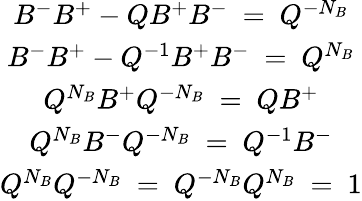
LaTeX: \begin{array}{c}{{B^{-}B^{+}-QB^{+}B^{-}~=~Q^{-N_{B}}}}\\ {{B^{-}B^{+}-Q^{-1}B^{+}B^{-}~=~Q^{N_{B}}}}\\ {{Q^{N_{B}}B^{+}Q^{-N_{B}}~=~QB^{+}}}\\ {{Q^{N_{B}}B^{-}Q^{-N_{B}}~=~Q^{-1}B^{-}}}\\ {{Q^{N_{B}}Q^{-N_{B}}~=~Q^{-N_{B}}Q^{N_{B}}~=~1}}\end{array}